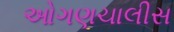
ઓગણચાલીસ